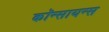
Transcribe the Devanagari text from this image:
कॉन्सायन्स